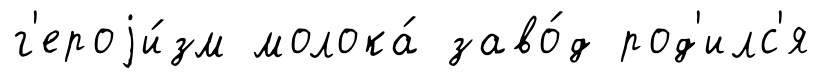
г'ероjи́зм молока́ заво́д род'илс'я